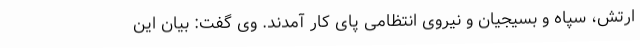
ارتش، سپاه و بسیجیان و نیروی انتظامی پای کار آمدند. وی گفت: بیان این